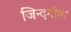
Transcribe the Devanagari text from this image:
जिन्दगीमा